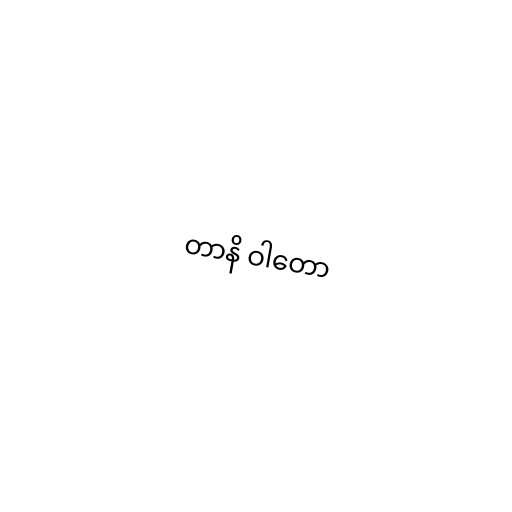
တာနိ ဝါတော